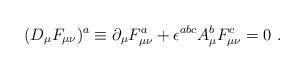
LaTeX: \begin{align*}(D_\mu F_{\mu \nu})^a \equiv \partial_\mu F_{\mu \nu}^a +\epsilon^{abc}A_{\mu}^{b}F_{\mu \nu}^c = 0 \ . \end{align*}